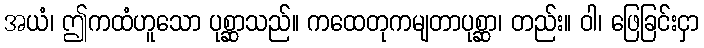
အယံ၊ ဤကထံဟူသော ပုစ္ဆာသည်။ ကထေတုကမျတာပုစ္ဆာ၊ တည်း။ ဝါ၊ ဖြေခြင်းငှာ